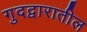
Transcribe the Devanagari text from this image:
गुदद्वारातील